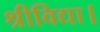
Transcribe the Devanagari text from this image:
श्रीविद्या।